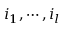
i _ { 1 } , \cdots , i _ { l }